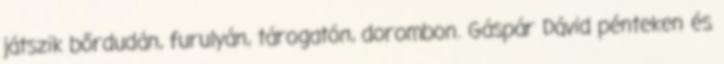
játszik bőrdudán, furulyán, tárogatón, dorombon. Gáspár Dávid pénteken és